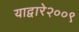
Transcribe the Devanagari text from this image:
याद्वारे२००९